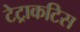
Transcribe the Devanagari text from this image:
टेट्राकटिस